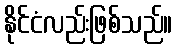
နိုင်ငံလည်းဖြစ်သည်။